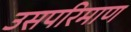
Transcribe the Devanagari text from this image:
उसपरिमाण